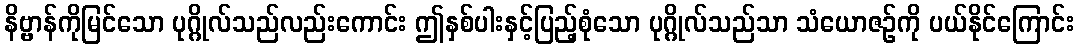
နိဗ္ဗာန်ကိုမြင်သော ပုဂ္ဂိုလ်သည်လည်းကောင်း ဤနှစ်ပါးနှင့်ပြည့်စုံသော ပုဂ္ဂိုလ်သည်သာ သံယောဇဉ်ကို ပယ်နိုင်ကြောင်း